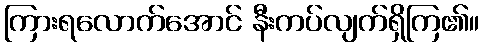
ကြားရလောက်အောင် နီးကပ်လျက်ရှိကြ၏။